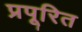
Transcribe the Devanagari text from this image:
प्रपूरित